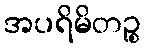
အပရိမိတဉ္စ